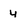
Character: Y